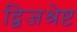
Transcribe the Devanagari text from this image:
द्विजश्रेष्ट